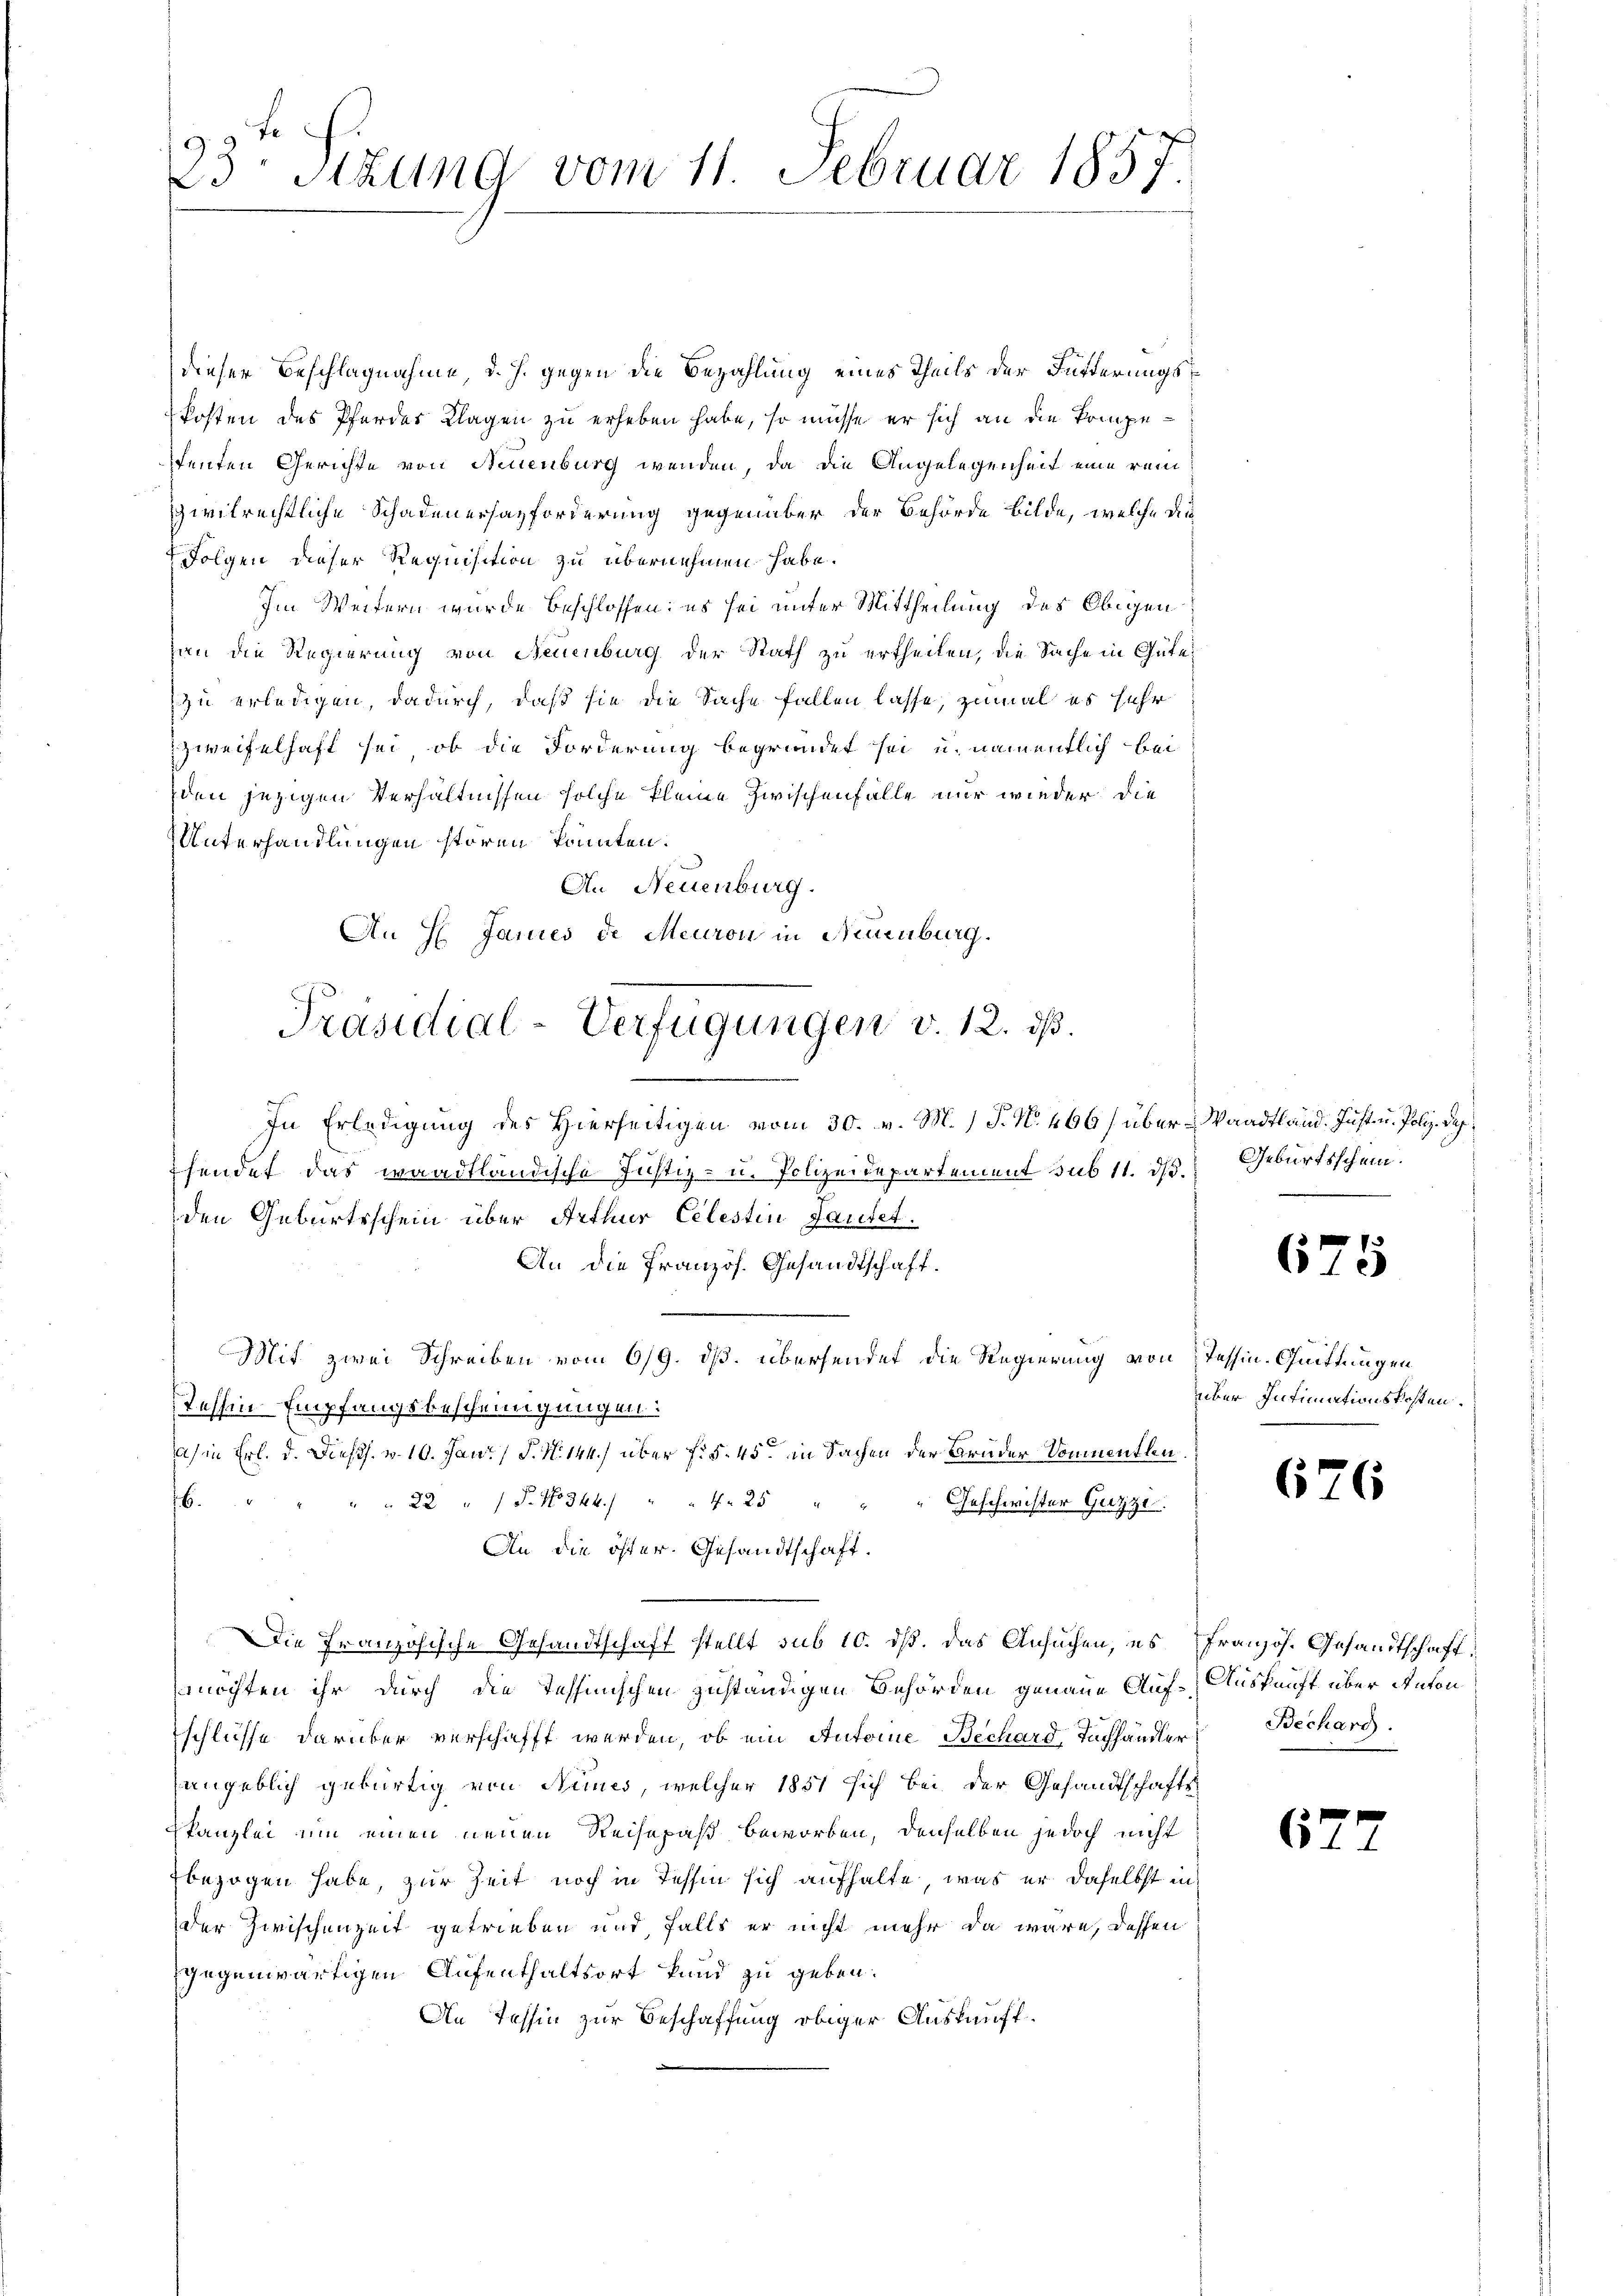
f
23. Sitzung vom 11. Februar 1857

dieser Beschlagnahme d. J. gegen die Bezahlung eines Theils der Füßerungskosten des Pferder Klagen zu erheben habe, so müsse er sich an die kompefenten Gerichte von Neuenburg wenden, da die Angelegenheit eine rein
vivilrechtliche Schadenersazforderung gegenüber der Behörde bilde, welche die
Folgen dieser Requisition zu übernehmen habe.
Im Weitern wurde beschlossen: es sei unter Mittheilung des Obigen
an die Regierung von Neuenburg der Rath zu ertheilen, die Sache in Güte
zu erledigen, dadurch, daß sie die Sache fallen lasse, zumal es sehr
zweifelhaft sei, ob die Forderung begründet sei u. namentlich bei
den jezigen Verhältnissen solche kleine Zwischenfalle nur wieder die
Unterhandlungen stören könnten.
An Neuenburg.
An H Jaries de Meuron in Neuenburg.
In Erledigung des Hierseitigen vom 30. v. M.) P. N. 466/ über Waadtländ. Just u. Poliz. Dep
fendet das waadtländische Justiz- u. Polizeidepartement sub 11. ds.
den Geburtsschein über Arthur Celestin Lautet.
An die Französ. Gesandtschaft.
Mit zwei Schreiben vom 6/9. ds. übersendet die Regierung von
Tessin Empfangsbescheinigungen:
a) in Frl. d. Diess. v. 10. Jan. S. N. 144.) über f. 545 in Sachen der Bruder Sommentlen
.
" " 22 "  P. No 344.) " " 425 "
Geschwister Guzzi
An die öster. Gesandtschaft.
Die Französische Gesandtschaft stellt sub 10. dß. das Ansuchen, es
möchten ihr durch die Tessinischen zuständigen Behörden genaue Auf-Auskunft über Anton
schlüsse darüber verschafft werden, ob ein Antoine Bechard, Tuchhändler Becharg
angeblich gebürtig von Nies, welcher 1851 sich bei der Gesandtschafts-
kanzlei um einen neuen Reisepaß beworben, denselben jedoch nicht
bezogen habe, zur Zeit noch in Tessin sich aufhalte, was er daselbst in
der Zwischenzeit getrieben und falls er nicht mehr da wäre, dessen
gegenwärtigen Aufenthaltsort kund zu geben.
An Tessin zur Beschaffung obiger Auskauft.

Präsidial-Verfügungen v. 12. ds.

Geburtsschein.

67

Tessin-Quittungen
über Intimationskosten.

6

6.

5

.

Französ. Gesandtschaft.